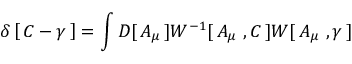
\delta \left[ \, C - \gamma \, \right] = \int D [ \, A _ { \mu } \, ] W ^ { - 1 } [ \, A _ { \mu } \ , C \, ] W [ \, A _ { \mu } \ , \gamma \, ]